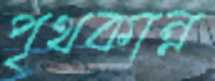
পৃথকান্ন